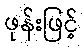
ဖုန်းဖြင့်